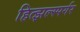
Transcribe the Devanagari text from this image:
हित्झल्स्पर्गर